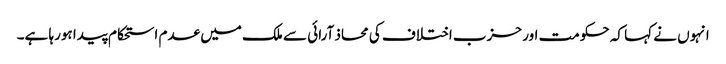
انہوں نے کہا کہ حکومت اور حزب اختلاف کی محاذ آرائی سے ملک میں عدم استحکام پیدا ہورہا ہے۔